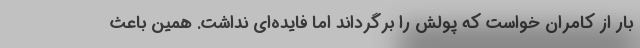
بار از کامران خواست که پولش را برگرداند اما فایده‌ای نداشت. همین باعث